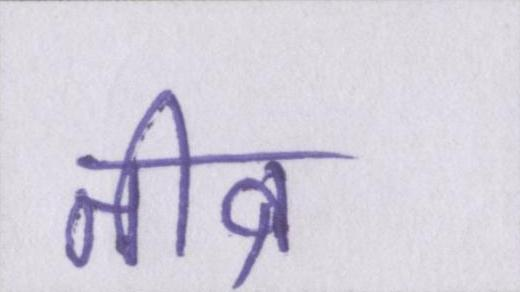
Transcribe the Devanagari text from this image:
तीव्र